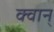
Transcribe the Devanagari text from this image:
क्वान्